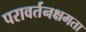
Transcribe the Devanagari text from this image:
परावर्तनक्षमता